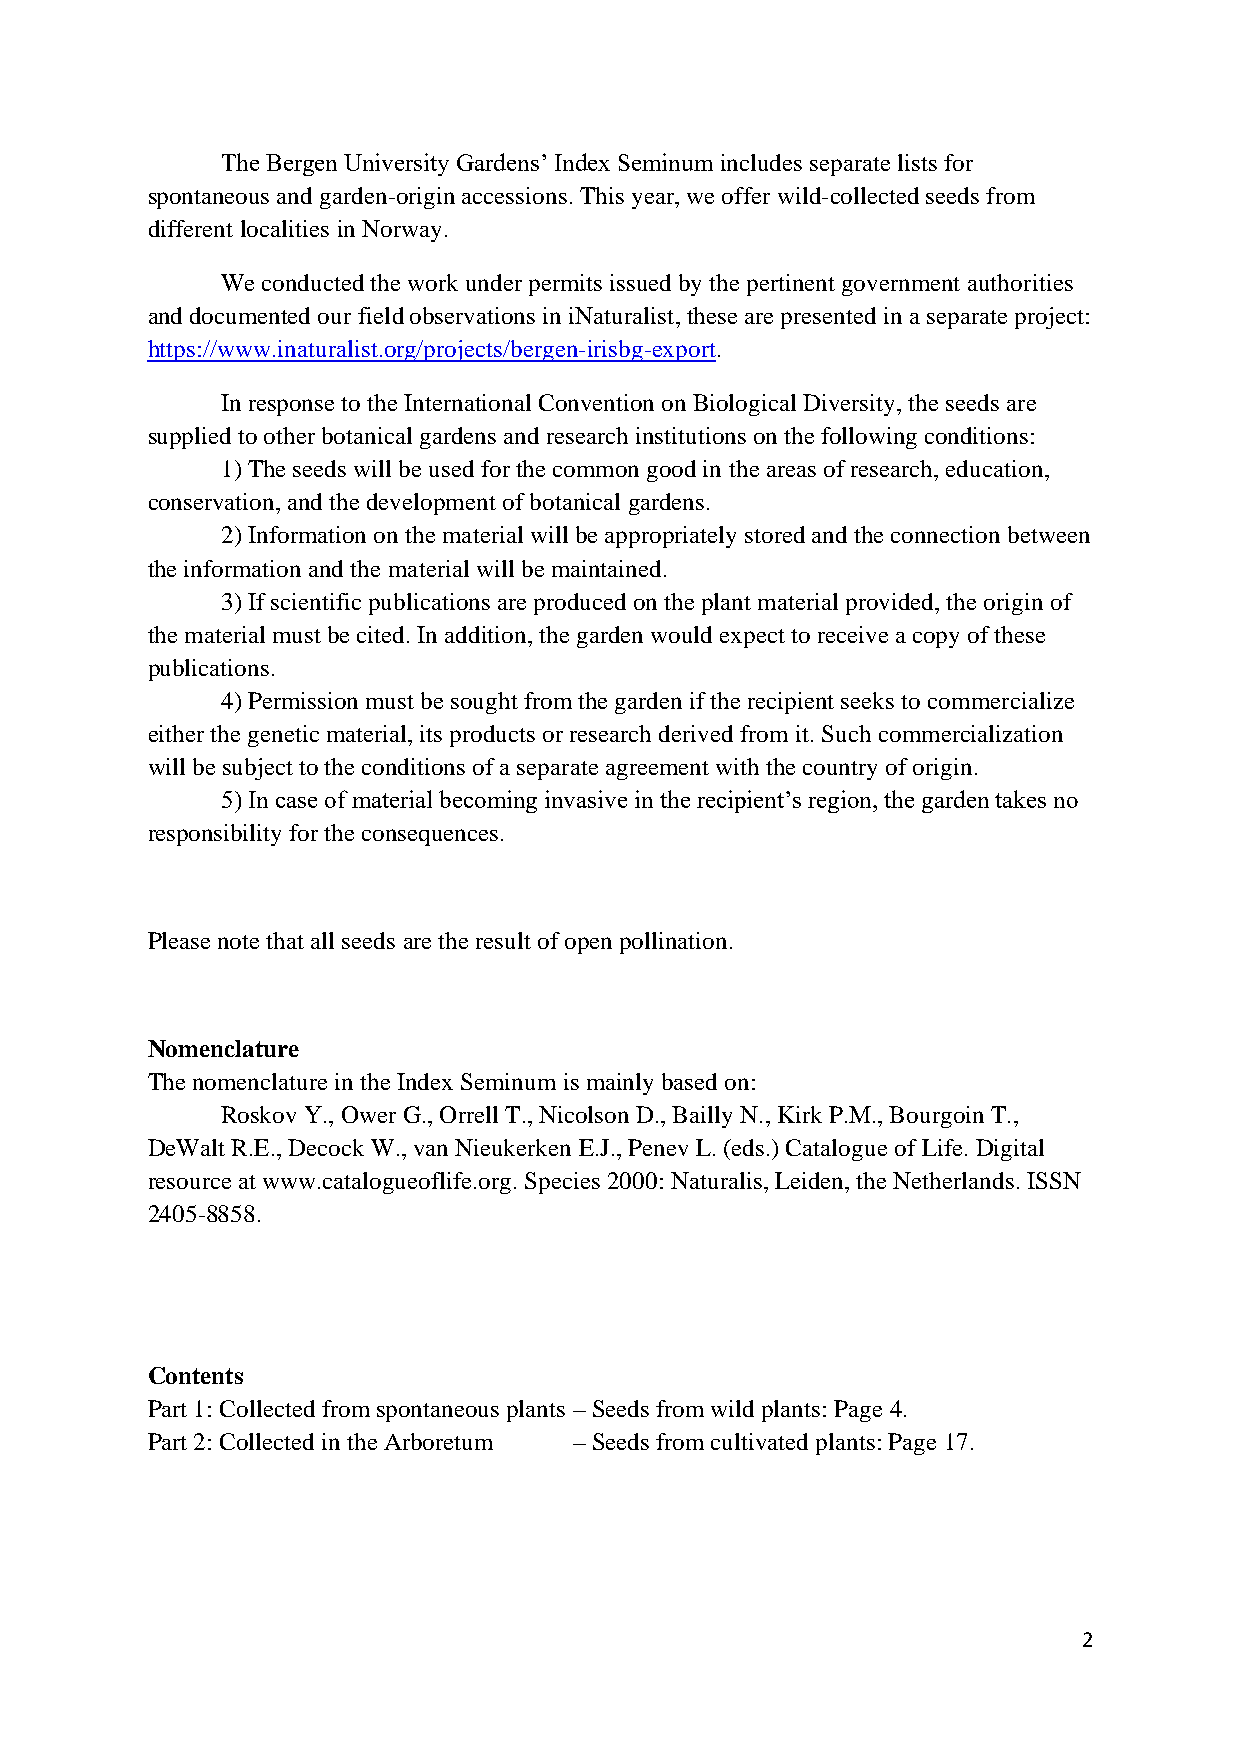
The Bergen University Gardens’ Index Seminum includes separate lists for
 spontaneous and garden-origin accessions. This year, we offer wild-collected seeds from
 different localities in Norway.
 We conducted the work under permits issued by the pertinent government authorities
 and documented our field observations in iNaturalist, these are presented in a separate project:
 https://www.inaturalist.org/projects/bergen-irisbg-export.
 In response to the International Convention on Biological Diversity, the seeds are
 supplied to other botanical gardens and research institutions on the following conditions:
 1) The seeds will be used for the common good in the areas of research, education,
 conservation, and the development of botanical gardens.
 2) Information on the material will be appropriately stored and the connection between
 the information and the material will be maintained.
 3) If scientific publications are produced on the plant material provided, the origin of
 the material must be cited. In addition, the garden would expect to receive a copy of these
 publications.
 4) Permission must be sought from the garden if the recipient seeks to commercialize
 either the genetic material, its products or research derived from it. Such commercialization
 will be subject to the conditions of a separate agreement with the country of origin.
 5) In case of material becoming invasive in the recipient’s region, the garden takes no
 responsibility for the consequences.
 Please note that all seeds are the result of open pollination.
 Nomenclature
 The nomenclature in the Index Seminum is mainly based on:
 Roskov Y., Ower G., Orrell T., Nicolson D., Bailly N., Kirk P.M., Bourgoin T.,
 DeWalt R.E., Decock W., van Nieukerken E.J., Penev L. (eds.) Catalogue of Life. Digital
 resource at www.catalogueoflife.org. Species 2000: Naturalis, Leiden, the Netherlands. ISSN
 2405-8858.
 Contents
 Part 1: Collected from spontaneous plants – Seeds from wild plants: Page 4.
 Part 2: Collected in the Arboretum – Seeds from cultivated plants: Page 17.
 2